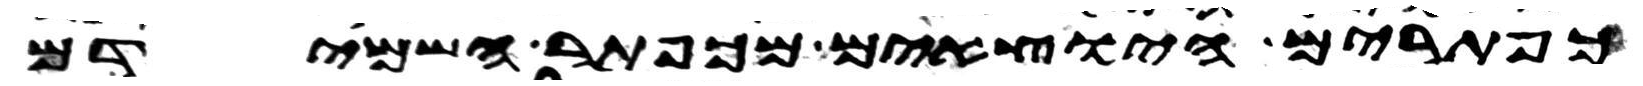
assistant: כפתרים היוצאים מכפתר השמידם